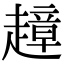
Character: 𧽣